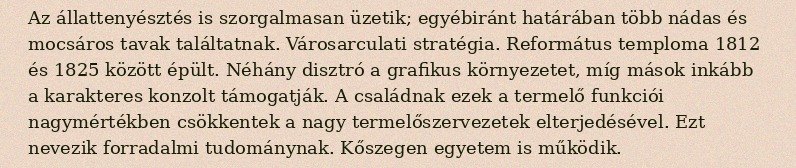
Az állattenyésztés is szorgalmasan üzetik; egyébiránt határában több nádas és mocsáros tavak találtatnak. Városarculati stratégia. Református temploma 1812 és 1825 között épült. Néhány disztró a grafikus környezetet, míg mások inkább a karakteres konzolt támogatják. A családnak ezek a termelő funkciói nagymértékben csökkentek a nagy termelőszervezetek elterjedésével. Ezt nevezik forradalmi tudománynak. Kőszegen egyetem is működik.